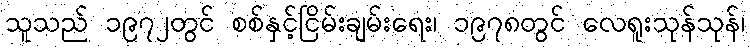
သူသည် ၁၉၇၂တွင် စစ်နှင့်ငြိမ်းချမ်းရေး၊ ၁၉၇၈တွင် လေရူးသုန်သုန်၊